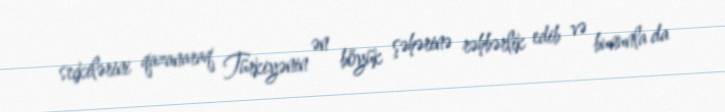
seçkilərini qazanaraq Türkiyənin ən böyük şəhərinə rəhbərlik edib və bununla da